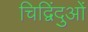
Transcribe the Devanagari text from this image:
चिद्विंदुओं